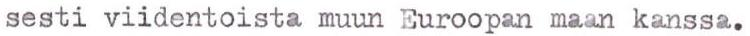
sesti viidentoista muun Euroopan maan kanssa.